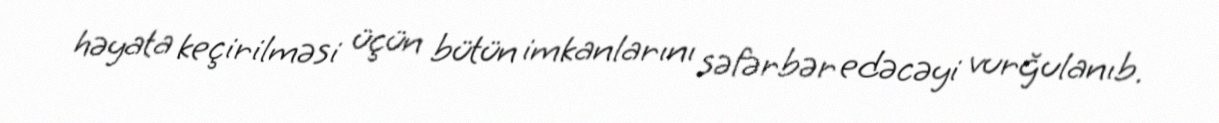
həyata keçirilməsi üçün bütün imkanlarını səfərbər edəcəyi vurğulanıb.